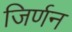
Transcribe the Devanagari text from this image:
जिर्णन